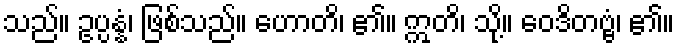
သည်။ ဥပ္ပန္နံ၊ ဖြစ်သည်။ ဟောတိ၊ ၏။ ဣတိ၊ သို့။ ဝေဒိတဗ္ဗံ၊ ၏။